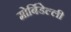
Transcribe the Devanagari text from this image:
मोर्बिडेल्ली